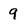
Character: 9